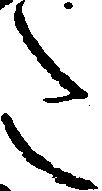
た